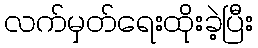
လက်မှတ်ရေးထိုးခဲ့ပြီး